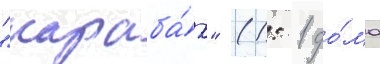
"караба́х" (1: 1 до́ма